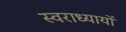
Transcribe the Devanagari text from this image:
स्वराध्यायों